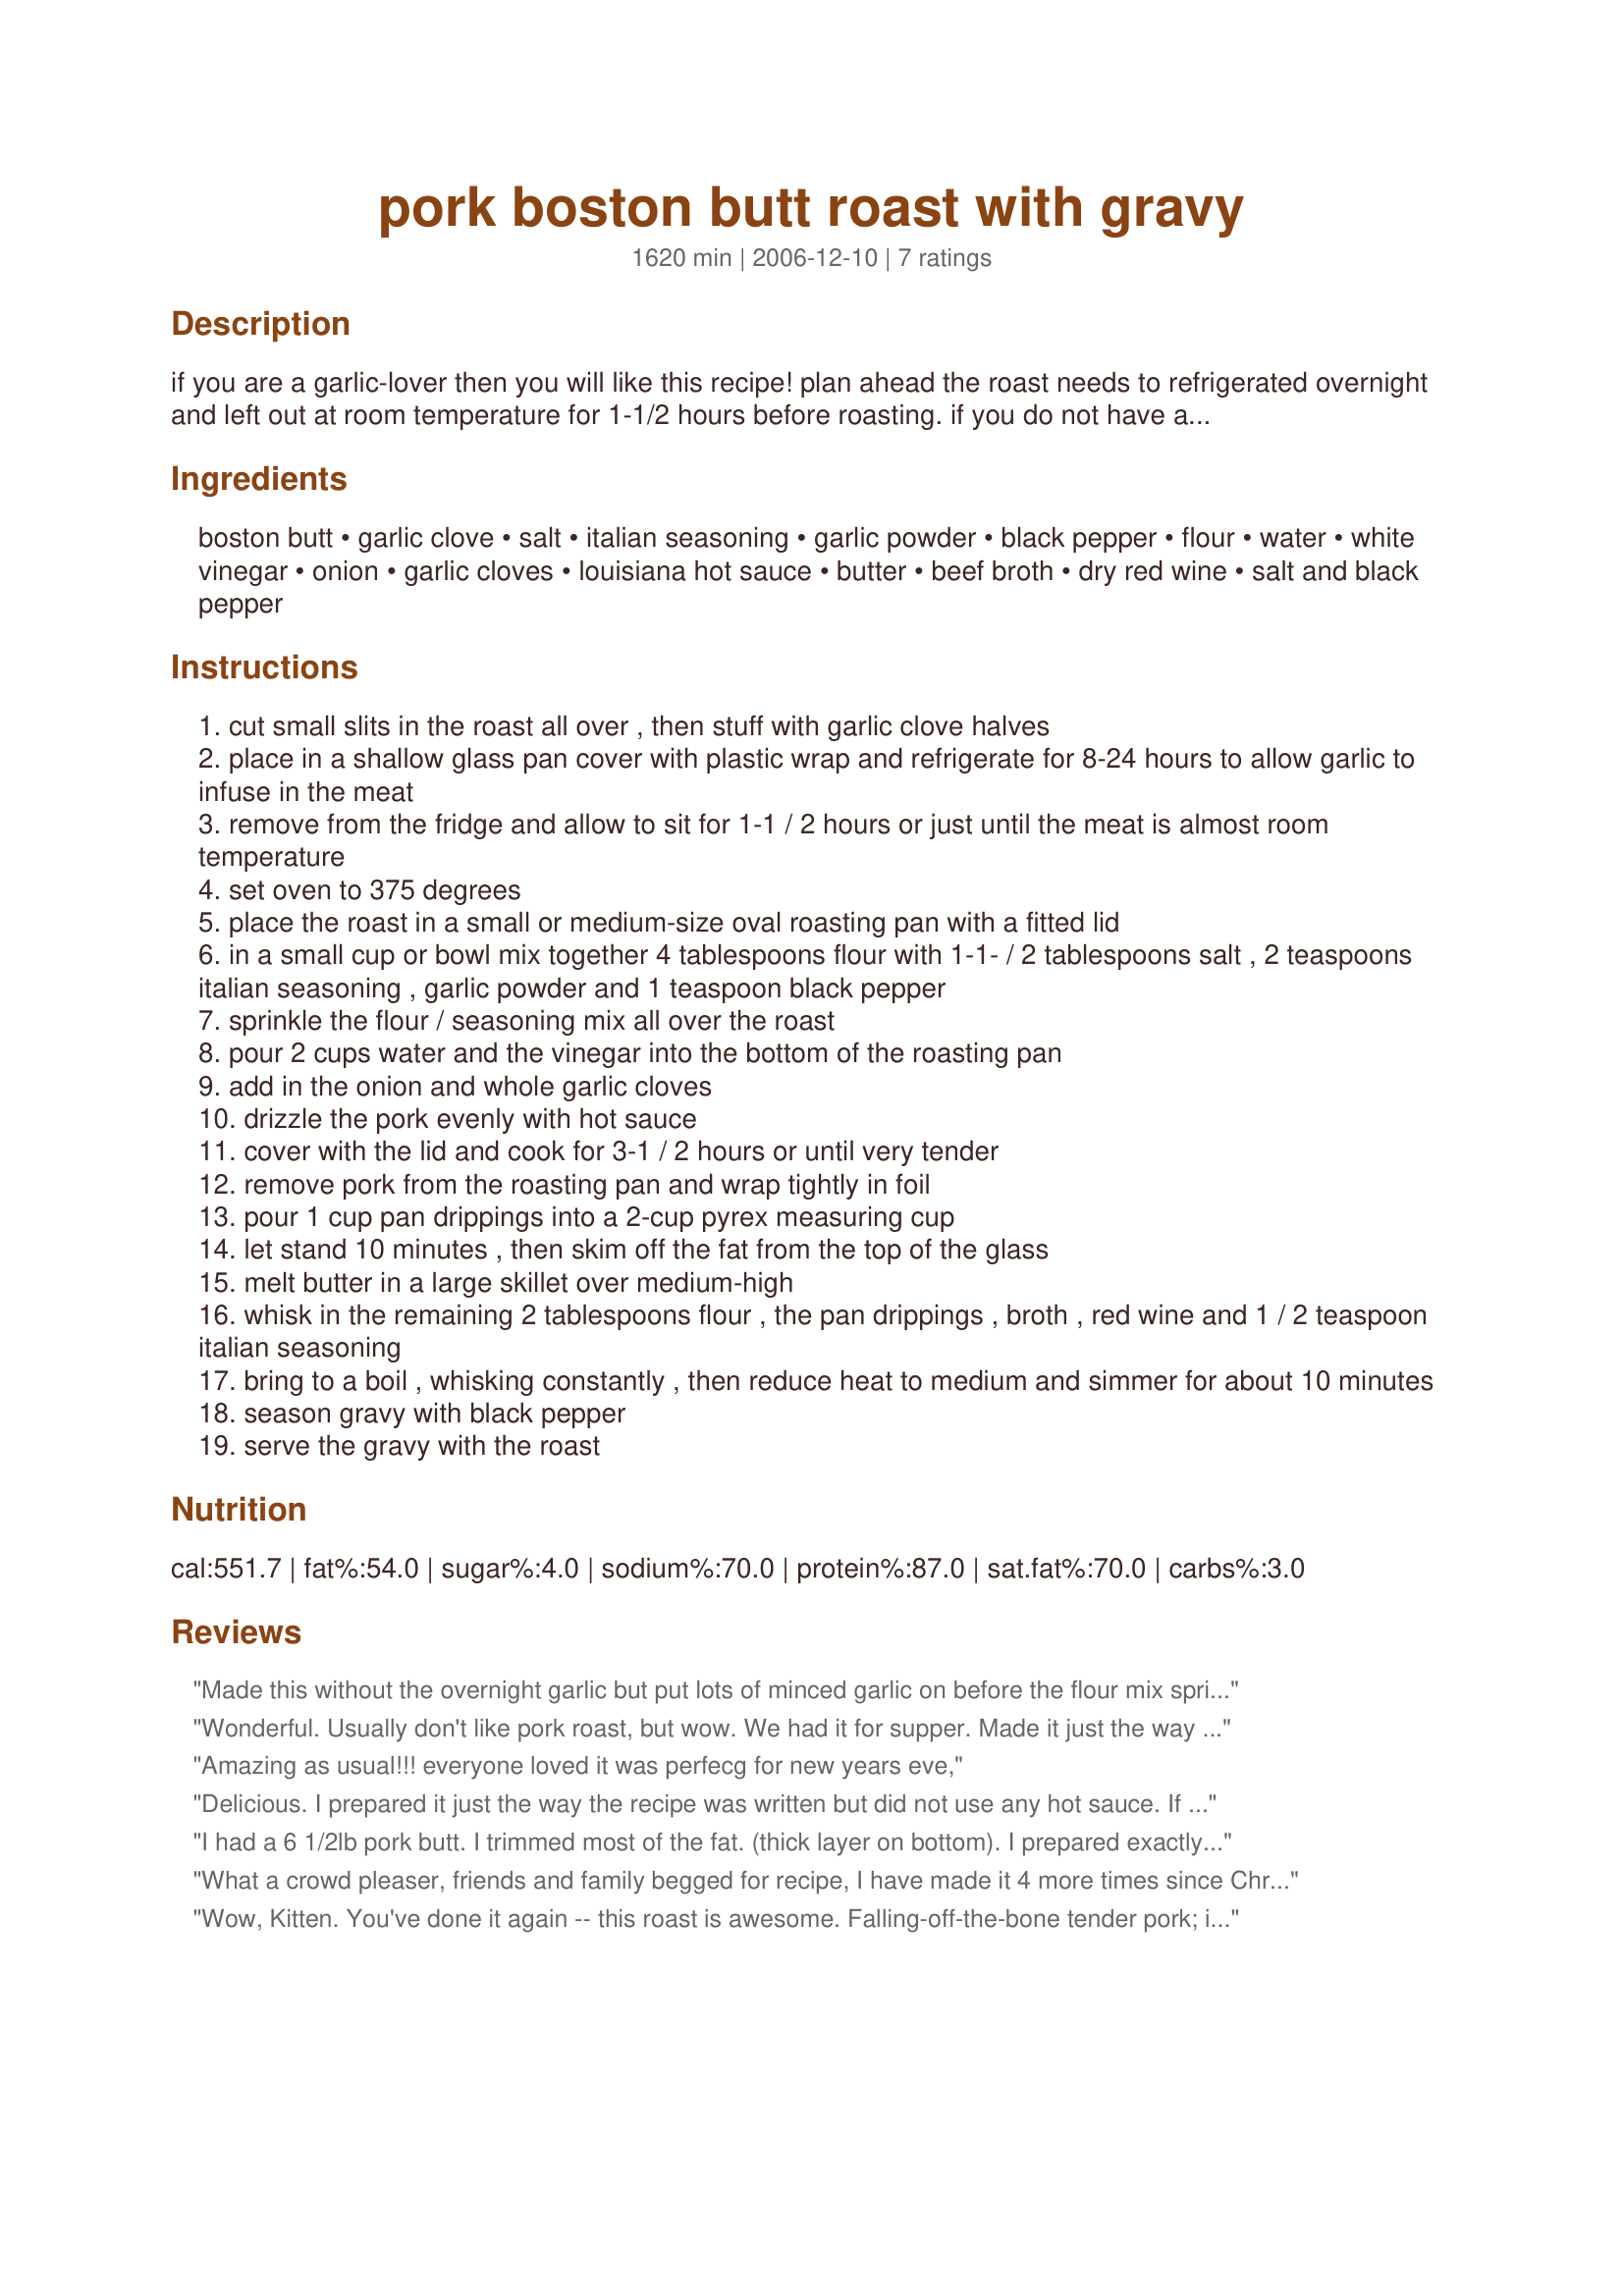
pork boston butt roast with gravy
Preparation time: 1620 minutes

if you are a garlic-lover then you will like this recipe! plan ahead the roast needs to refrigerated overnight and left out at room temperature for 1-1/2 hours before roasting. if you do not have a roasting pan, then cover the pan completely with heavy foil.

Ingredients:
boston butt, garlic clove, salt, italian seasoning, garlic powder, black pepper, flour, water, white vinegar, onion, garlic cloves, louisiana hot sauce, butter, beef broth, dry red wine, salt and black pepper

Steps:
cut small slits in the roast all over , then stuff with garlic clove halves
place in a shallow glass pan cover with plastic wrap and refrigerate for 8-24 hours to allow garlic to infuse in the meat
remove from the fridge and allow to sit for 1-1 / 2 hours or just until the meat is almost room temperature
set oven to 375 degrees
place the roast in a small or medium-size oval roasting pan with a fitted lid
in a small cup or bowl mix together 4 tablespoons flour with 1-1- / 2 tablespoons salt , 2 teaspoons italian seasoning , garlic powder and 1 teaspoon black pepper
sprinkle the flour / seasoning mix all over the roast
pour 2 cups water and the vinegar into the bottom of the roasting pan
add in the onion and whole garlic cloves
drizzle the pork evenly with hot sauce
cover with the lid and cook for 3-1 / 2 hours or until very tender
remove pork from the roasting pan and wrap tightly in foil
pour 1 cup pan drippings into a 2-cup pyrex measuring cup
let stand 10 minutes , then skim off the fat from the top of the glass
melt butter in a large skillet over medium-high
whisk in the remaining 2 tablespoons flour , the pan drippings , broth , red wine and 1 / 2 teaspoon italian seasoning
bring to a boil , whisking constantly , then reduce heat to medium and simmer for about 10 minutes
season gravy with black pepper
serve the gravy with the roast

Reviews:
Made this without the overnight garlic but put lots of minced garlic on before the flour mix sprinkle. Used oregano and basil as the Italian spices. Went light on the hot sauce and used a mild taco sauce. Used a foil covered roasting pan. Left a four pounder in a little long, so no drippings and very charred onions. Still, very tender and delicious! The house smelled wonderful. Make sure to distribute the hot sauce well. Will make again and try the gravy next time. Figure if I make it even twice it deserves five stars! Thanks Kittencal!
Wonderful. Usually don't like pork roast, but wow. We had it for supper. Made it just the way you said. Excellent. Next time, I will trim the fat off the roast first, other than that, yummmmooooo
Amazing as usual!!! everyone loved it was perfecg for new years eve,
Delicious. I prepared it just the way the recipe was written but did not use any hot sauce. If I had, no one but me would have eaten it. I will definately be making this again
I had a 6 1/2lb pork butt. I trimmed most of the fat. (thick layer on bottom). I prepared exactly as stated and cooked it in my heavy Le Creuset Roaster. The meat fell off the bone allright, but there was soooo muck grease in the bottom and the rest was charred onto the sides of the pan. No way to make a gravy from this. I shredded it, added bar-b-qu sauce and we ate it on a bun. Good taste, but too much work for what I got.It has taken 2 days to get my roaster clean.
What a crowd pleaser, friends and family begged for recipe, I have made it 4 more times since Christmas 07 and that was only 2 months ago, easy to prepare onceyou get past the time issue and extremely flavorful and tender
Wow, Kitten. You've done it again -- this roast is awesome. Falling-off-the-bone tender pork; it was so moist and flavorful that all the ways I've made this type of roast before can't compare. I made it exactly as written, cooked it for 3 hours (until the temp was 170 degrees F) and it came out perfectly. The gravy was delicious too; I poured it over the roast and mashed potatoes. I can't say enough how much we loved it!
